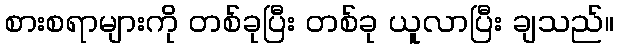
စားစရာများကို တစ်ခုပြီး တစ်ခု ယူလာပြီး ချသည်။